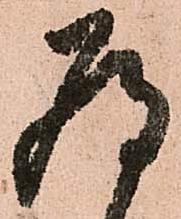
為